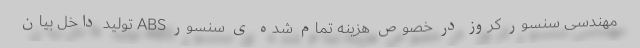
مهندسی سنسور کروز در خصوص هزینه تمام شده ی سنسور ABS تولید داخل بیان